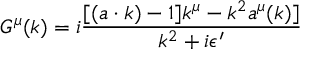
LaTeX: G ^ { \mu } ( k ) = i { \frac { [ ( a \cdot k ) - 1 ] k ^ { \mu } - k ^ { 2 } a ^ { \mu } ( k ) ] } { k ^ { 2 } + i \epsilon ^ { \prime } } }